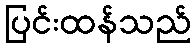
ပြင်းထန်သည်